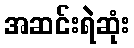
အဆင်းရဲဆုံး